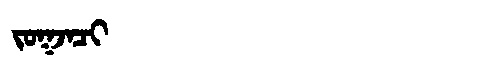
Manchu: ᠵᠣᡴᠵᠠᠴᡳ
Romanization: JOKJACI